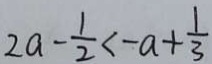
2 a - \frac { 1 } { 2 } < - a + \frac { 1 } { 3 }